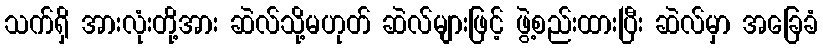
သက်ရှိ အားလုံးတို့အား ဆဲလ်သို့မဟုတ် ဆဲလ်များဖြင့် ဖွဲ့စည်းထားပြီး ဆဲလ်မှာ အခြေခံ